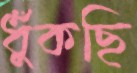
ধুঁকছি